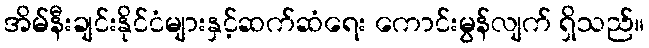
အိမ်နီးချင်းနိုင်ငံများနှင့်ဆက်ဆံရေး ကောင်းမွန်လျက် ရှိသည်။